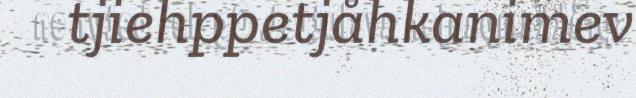
tjiehppetjåhkanimev